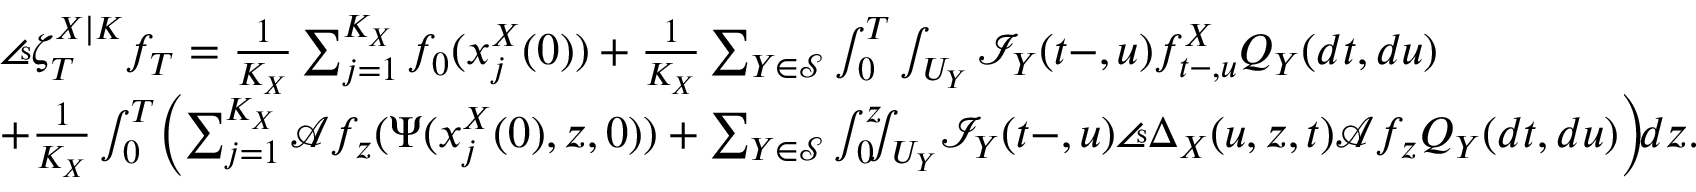
\begin{array} { r l } & { \angles { \zeta _ { T } ^ { X | K } } { f _ { T } } = \frac { 1 } { K _ { X } } \sum _ { j = 1 } ^ { K _ { X } } f _ { 0 } ( x _ { j } ^ { X } ( 0 ) ) + \frac { 1 } { K _ { X } } \sum _ { Y \in \mathcal { S } } \int _ { 0 } ^ { T } \int _ { U _ { Y } } \mathcal { I } _ { Y } ( t - , u ) f _ { t - , u } ^ { X } Q _ { Y } ( d t , d u ) } \\ & { + \frac { 1 } { K _ { X } } \int _ { 0 } ^ { T } \! \left( \sum _ { j = 1 } ^ { K _ { X } } \mathcal { A } f _ { z } ( \Psi ( x _ { j } ^ { X } ( 0 ) , z , 0 ) ) + \sum _ { Y \in \mathcal { S } } \int _ { 0 } ^ { z } \! \! \! \int _ { U _ { Y } } \! \mathcal { I } _ { Y } ( t - , u ) \angles { \Delta _ { X } ( u , z , t ) } { \mathcal { A } f _ { z } } Q _ { Y } ( d t , d u ) \right) \! \! d z . } \end{array}